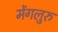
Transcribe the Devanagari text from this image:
मेंगलुरु